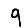
Digit: 9